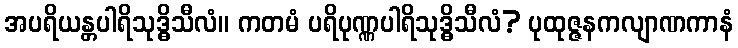
အပရိယန္တပါရိသုဒ္ဓိသီလံ။ ကတမံ ပရိပုဏ္ဏပါရိသုဒ္ဓိသီလံ? ပုထုဇ္ဇနကလျာဏကာနံ